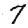
Digit: 7